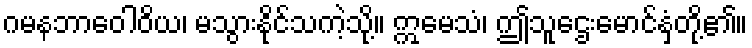
ဂမနဘာဝေါဝိယ၊ မသွားနိုင်သကဲ့သို့။ ဣမေသံ၊ ဤသူဌေးမောင်နှံတို့၏။